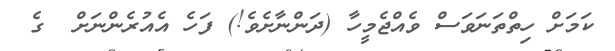
ކަމަށް ހިތްތަނަވަސް ވެއްޖެމީހާ (ދަންނާށެވެ!) ފަހެ އެއުރެންނަށް  ގެ